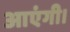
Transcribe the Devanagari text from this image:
आएंगी।